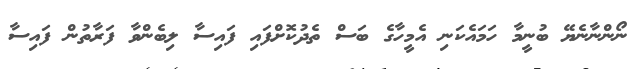
ނޯންނާނެޔޭ ބުނީމާ ހަމައެކަނި އެމީހާގެ ބަސް ތެދުކޮށްފައި ފައިސާ ލިބެންވާ ފަރާތުން ފައިސާ